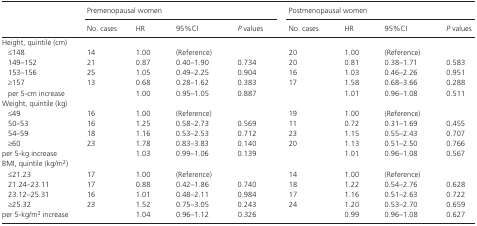
<table><thead><tr><td rowspan="2"></td><td colspan="4"><b>Premenopausal women</b></td><td colspan="4"><b>Postmenopausal women</b></td></tr><tr><td><b>No. cases</b></td><td><b>HR</b></td><td><b>95%CI</b></td><td><b><i>P</i> values</b></td><td><b>No. cases</b></td><td><b>HR</b></td><td><b>95%CI</b></td><td><b><i>P</i> values</b></td></tr></thead><tbody><tr><td colspan="9">Height, quintile (cm)</td></tr><tr><td>≤148</td><td>14</td><td>1.00</td><td>(Reference)</td><td></td><td>20</td><td>1.00</td><td>(Reference)</td><td></td></tr><tr><td>149–152</td><td>21</td><td>0.87</td><td>0.40–1.90</td><td>0.734</td><td>20</td><td>0.81</td><td>0.38–1.71</td><td>0.583</td></tr><tr><td>153–156</td><td>25</td><td>1.05</td><td>0.49–2.25</td><td>0.904</td><td>16</td><td>1.03</td><td>0.46–2.26</td><td>0.951</td></tr><tr><td>≥157</td><td>13</td><td>0.68</td><td>0.28–1.62</td><td>0.383</td><td>17</td><td>1.58</td><td>0.68–3.66</td><td>0.288</td></tr><tr><td>per 5‐cm increase</td><td></td><td>1.00</td><td>0.95–1.05</td><td>0.887</td><td></td><td>1.01</td><td>0.96–1.08</td><td>0.511</td></tr><tr><td colspan="9">Weight, quintile (kg)</td></tr><tr><td>≤49</td><td>16</td><td>1.00</td><td>(Reference)</td><td></td><td>19</td><td>1.00</td><td>(Reference)</td><td></td></tr><tr><td>50–53</td><td>16</td><td>1.25</td><td>0.58–2.73</td><td>0.569</td><td>11</td><td>0.72</td><td>0.31–1.69</td><td>0.455</td></tr><tr><td>54–59</td><td>18</td><td>1.16</td><td>0.53–2.53</td><td>0.712</td><td>23</td><td>1.15</td><td>0.55–2.43</td><td>0.707</td></tr><tr><td>≥60</td><td>23</td><td>1.78</td><td>0.83–3.83</td><td>0.140</td><td>20</td><td>1.13</td><td>0.51–2.50</td><td>0.766</td></tr><tr><td>per 5‐kg increase</td><td></td><td>1.03</td><td>0.99–1.06</td><td>0.139</td><td></td><td>1.01</td><td>0.96–1.08</td><td>0.567</td></tr><tr><td colspan="9">BMI, quintile (kg/m<sup>2</sup>)</td></tr><tr><td>≤21.23</td><td>17</td><td>1.00</td><td>(Reference)</td><td></td><td>14</td><td>1.00</td><td>(Reference)</td><td></td></tr><tr><td>21.24–23.11</td><td>17</td><td>0.88</td><td>0.42–1.86</td><td>0.740</td><td>18</td><td>1.22</td><td>0.54–2.76</td><td>0.628</td></tr><tr><td>23.12–25.31</td><td>16</td><td>1.01</td><td>0.48–2.11</td><td>0.984</td><td>17</td><td>1.16</td><td>0.51–2.63</td><td>0.722</td></tr><tr><td>≥25.32</td><td>23</td><td>1.52</td><td>0.75–3.05</td><td>0.243</td><td>24</td><td>1.20</td><td>0.53–2.70</td><td>0.659</td></tr><tr><td>per 5‐kg/m<sup>2</sup> increase</td><td></td><td>1.04</td><td>0.96–1.12</td><td>0.326</td><td></td><td>0.99</td><td>0.96–1.08</td><td>0.627</td></tr></tbody></table>